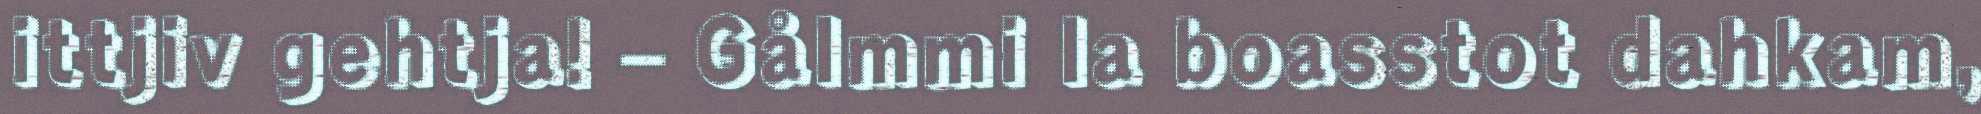
ittjiv gehtja! – Gålmmi la boasstot dahkam,